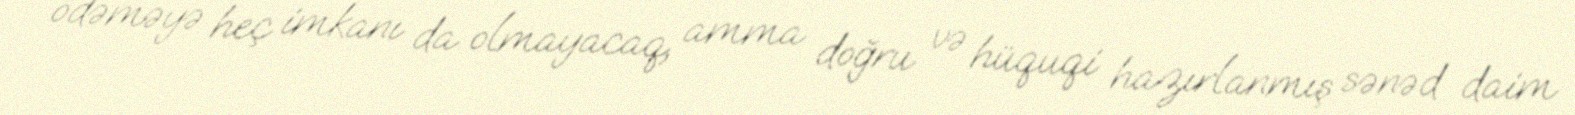
ödəməyə heç imkanı da olmayacaq, amma doğru və hüquqi hazırlanmış sənəd daim